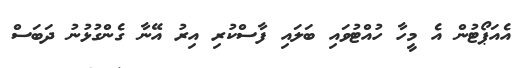
އެއަޕޯޓުން އެ މީހާ ހުއްޓުވައި ބަލައި ފާސްކުރި އިރު އޭނާ ގެންގުޅުނު ދަބަސް